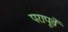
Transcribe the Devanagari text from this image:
परापूर्वे